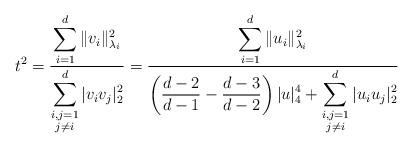
LaTeX: \begin{align*}t^2&=\frac{\displaystyle\sum_{i=1}^{d} \|v_i\|_{\lambda_i}^2}{\displaystyle \sum_{{\substack{i,j=1\\ j\neq i}}}^{d}|v_iv_j|_2^2} = \frac{\displaystyle \sum_{i=1}^{d} \|u_i\|_{\lambda_i}^2}{\displaystyle \left(\frac{d-2}{d-1}-\frac{d-3}{d-2}\right)|u|_4^4 + \sum_{{\substack{i,j=1\\ j\neq i}}}^{d}|u_iu_j|_2^2}\end{align*}